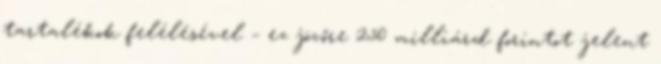
tartalékok felélésével – ez jövőre 250 milliárd forintot jelent